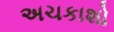
અચકાશો